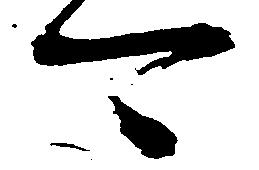
可